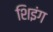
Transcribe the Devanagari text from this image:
शिइंग